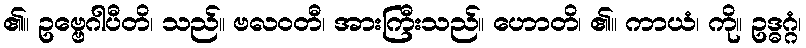
၏။ ဥဗ္ဗေဂါပီတိ၊ သည်။ ဗလဝတီ၊ အားကြီးသည်။ ဟောတိ၊ ၏။ ကာယံ၊ ကို။ ဥဒ္ဓဂ္ဂံ၊